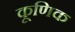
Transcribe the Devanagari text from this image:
कूणिक